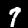
Digit: 7